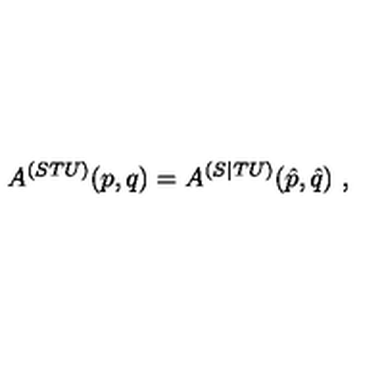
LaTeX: A ^ { ( S T U ) } ( p , q ) = A ^ { ( S | T U ) } ( \hat { p } , \hat { q } ) \ ,